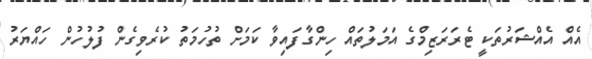
އެއް އެއްޝަރުތަކީ ޓެރަރަޒިމްގެ އަމަލުތައް ހިންގާފައިވާ ކަމަށް ތުހުމަތު ކުރެވިގެން ފުލުހުން ހައްޔަރު